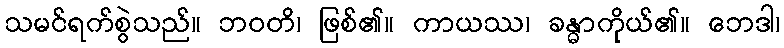
သမင်ရက်စွဲသည်။ ဘဝတိ၊ ဖြစ်၏။ ကာယဿ၊ ခန္ဓာကိုယ်၏။ ဘေဒါ၊